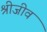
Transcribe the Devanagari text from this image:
श्रीजीव